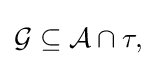
{\textstyle {\mathcal {G}}\subseteq {\mathcal {A}}\cap \tau ,}